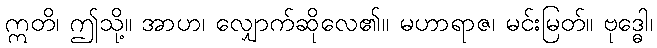
ဣတိ၊ ဤသို့။ အာဟ၊ လျှောက်ဆိုလေ၏။ မဟာရာဇ၊ မင်းမြတ်။ ဗုဒ္ဓေါ၊